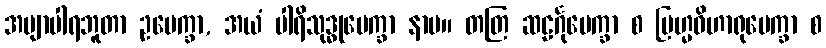
အဗျာပါရဘူတာ ဥပေက္ခာ, အယံ ပါရိသုဒ္ဓုပေက္ခာ နာမ။ တတြ ဆဠင်္ဂုပေက္ခာ စ ဗြဟ္မဝိဟာရုပေက္ခာ စ